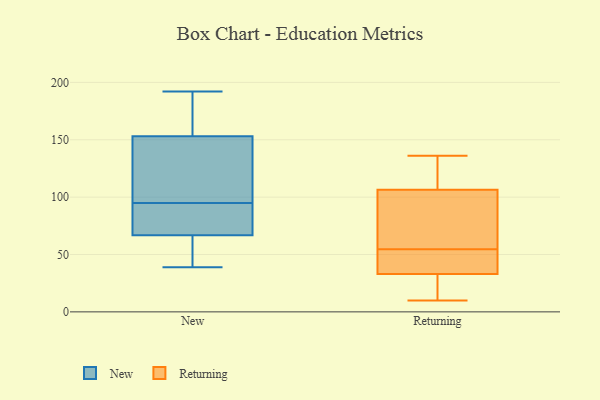
{"axis": {"x": "Production Output", "y": "Value"}, "legend": ["New", "Returning"], "data": [{"x": "", "y": 53, "type": "New"}, {"x": "", "y": 153, "type": "New"}, {"x": "", "y": 153, "type": "New"}, {"x": "", "y": 121, "type": "New"}, {"x": "", "y": 181, "type": "New"}, {"x": "", "y": 39, "type": "New"}, {"x": "", "y": 137, "type": "New"}, {"x": "", "y": 46, "type": "New"}, {"x": "", "y": 95, "type": "New"}, {"x": "", "y": 75, "type": "New"}, {"x": "", "y": 192, "type": "New"}, {"x": "", "y": 64, "type": "New"}, {"x": "", "y": 87, "type": "New"}, {"x": "", "y": 95, "type": "New"}, {"x": "", "y": 186, "type": "New"}, {"x": "", "y": 44, "type": "Returning"}, {"x": "", "y": 10, "type": "Returning"}, {"x": "", "y": 90, "type": "Returning"}, {"x": "", "y": 62, "type": "Returning"}, {"x": "", "y": 77, "type": "Returning"}, {"x": "", "y": 123, "type": "Returning"}, {"x": "", "y": 136, "type": "Returning"}, {"x": "", "y": 34, "type": "Returning"}, {"x": "", "y": 129, "type": "Returning"}, {"x": "", "y": 25, "type": "Returning"}, {"x": "", "y": 32, "type": "Returning"}, {"x": "", "y": 47, "type": "Returning"}]}